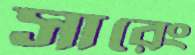
সারেং